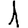
Digit: 1